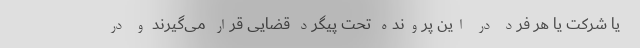
یا شرکت یا هر فرد در این پرونده تحت پیگرد قضایی قرار می‌گیرند و در